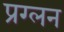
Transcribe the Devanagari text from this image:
प्रग्लन